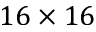
1 6 \times 1 6